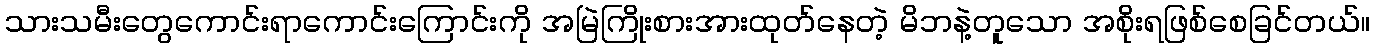
သားသမီးတွေကောင်းရာကောင်းကြောင်းကို အမြဲကြိုးစားအားထုတ်နေတဲ့ မိဘနဲ့တူသော အစိုးရဖြစ်စေခြင်တယ်။